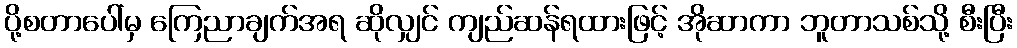
ပို့စတာပေါ်မှ ကြေညာချက်အရ ဆိုလျှင် ကျည်ဆန်ရထားဖြင့် အိုဆာကာ ဘူတာသစ်သို့ စီးပြီး